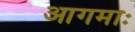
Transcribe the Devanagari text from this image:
आगमाः